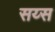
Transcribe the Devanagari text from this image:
सय्स